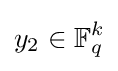
y_{2}\in \mathbb {F} _{q}^{k}